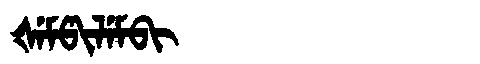
Manchu: ᡧᡝᠮᡦᡳᠯᡝᠮᠪᡳ
Romanization: ŠEMPILEMBI